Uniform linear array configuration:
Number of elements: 4
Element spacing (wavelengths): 0.25
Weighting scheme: binomial
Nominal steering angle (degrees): -30
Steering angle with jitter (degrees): -30.814
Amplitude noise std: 0.05
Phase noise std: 0.05

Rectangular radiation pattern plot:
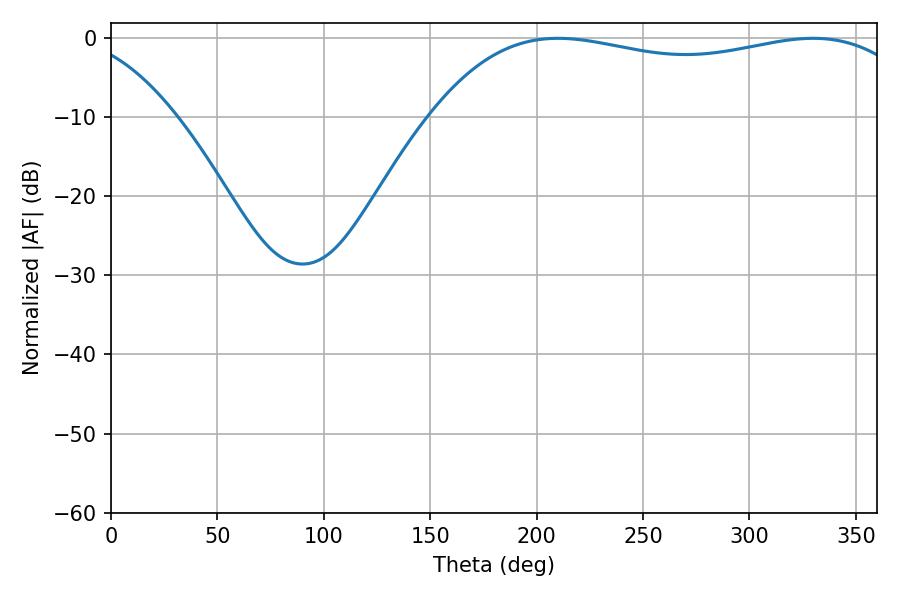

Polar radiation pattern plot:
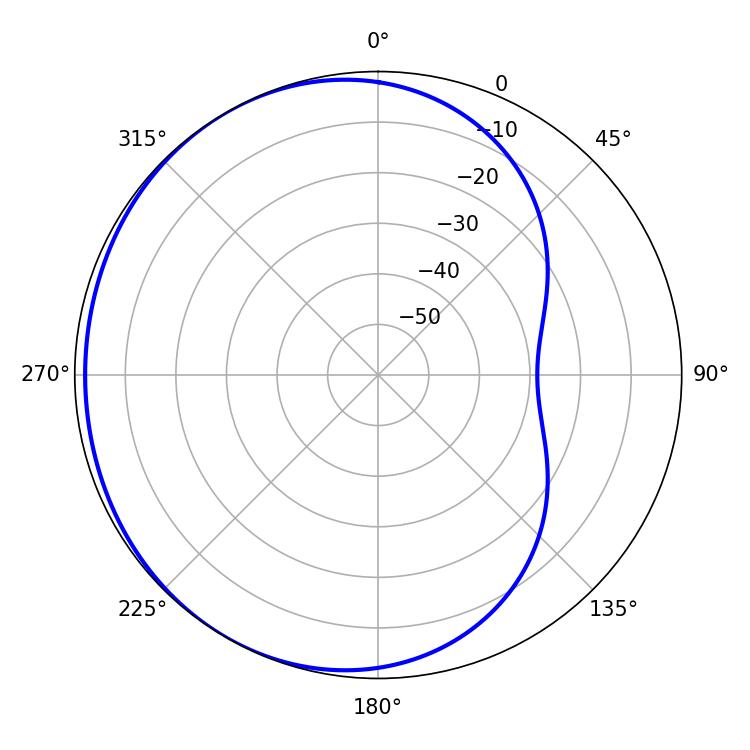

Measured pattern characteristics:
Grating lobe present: FALSE
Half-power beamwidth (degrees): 185.22
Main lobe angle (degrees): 210.06